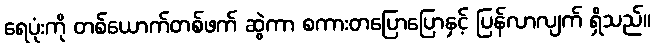
ရေပုံးကို တစ်ယောက်တစ်ဖက် ဆွဲကာ စကားတပြောပြောနှင့် ပြန်လာလျက် ရှိသည်။